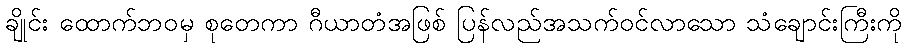
ချိုင်း ထောက်ဘဝမှ စုတေကာ ဂီယာတံအဖြစ် ပြန်လည်အသက်ဝင်လာသော သံချောင်းကြီးကို